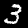
Digit: 3